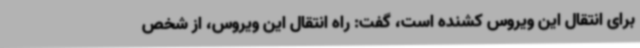
برای انتقال این ویروس کشنده است، گفت: راه انتقال این ویروس، از شخص